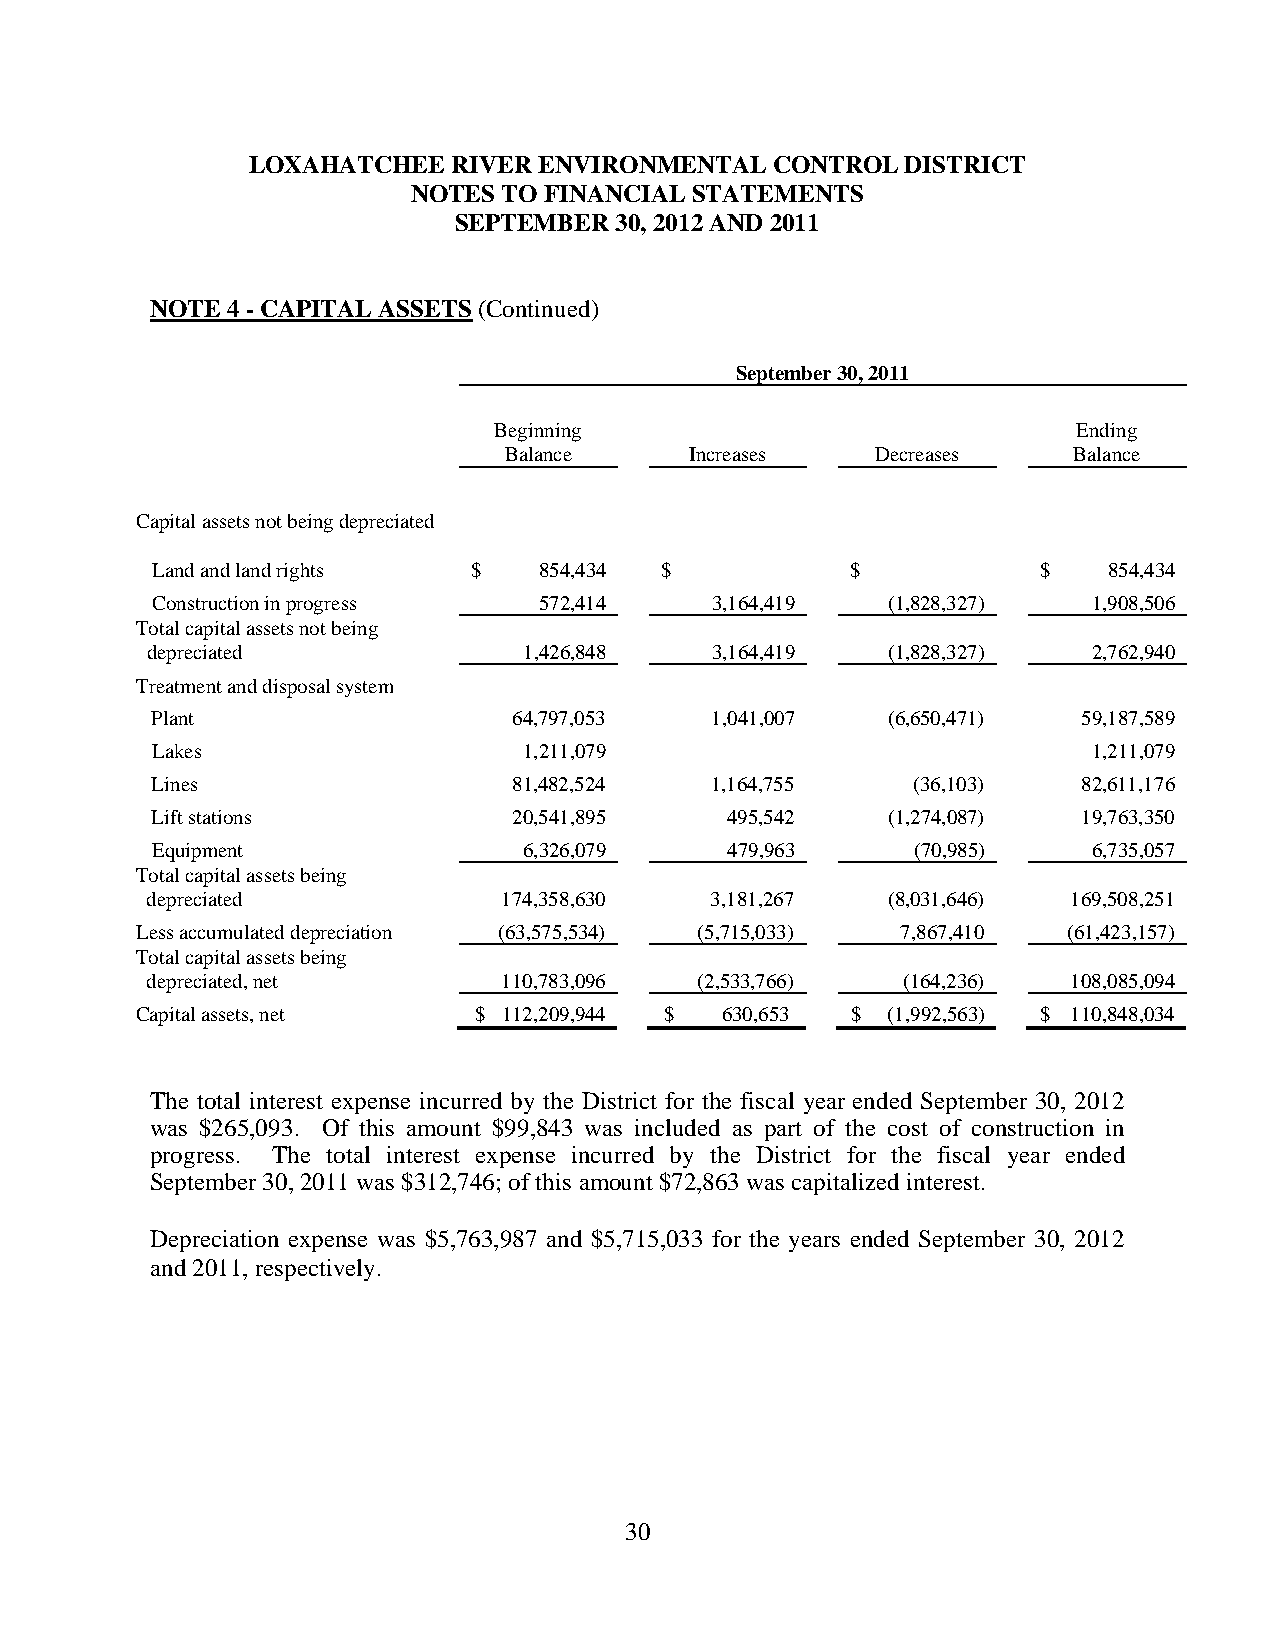
LOXAHATCHEE   RIVER ENVIRONMENTAL  CONTROL  DISTRICT
 NOTES TO FINANCIAL STATEMENTS
 SEPTEMBER  30, 2012 AND 2011
 NOTE 4 - CAPITAL ASSETS (Continued)
 September 30, 2011
 Beginning                             Ending
 Balance      Increases   Decreases    Balance
 Capital assets not being depreciated
 Land and land rights $    854,434 $           $            $   854,434
 Construction in progress  572,414    3,164,419   (1,828,327)  1,908,506
 Total capital assets not being
 depreciated              1,426,848   3,164,419   (1,828,327)  2,762,940
 Treatment and disposal system
 Plant                   64,797,053   1,041,007   (6,650,471)  59,187,589
 Lakes                    1,211,079                            1,211,079
 Lines                   81,482,524   1,164,755     (36,103)   82,611,176
 Lift stations           20,541,895    495,542    (1,274,087)  19,763,350
 Equipment                6,326,079    479,963      (70,985)   6,735,057
 Total capital assets being
 depreciated            174,358,630   3,181,267   (8,031,646) 169,508,251
 Less accumulated depreciation (63,575,534) (5,715,033) 7,867,410 (61,423,157)
 Total capital assets being
 depreciated, net       110,783,096  (2,533,766)   (164,236)  108,085,094
 Capital assets, net   $ 112,209,944 $  630,653 $  (1,992,563) $ 110,848,034
 The total interest expense incurred by the District for the fiscal year ended September 30, 2012
 was $265,093. Of this amount $99,843 was included as part of the cost of construction in
 progress. The total interest expense incurred by the District for the fiscal year ended
 September 30, 2011 was $312,746; of this amount $72,863 was capitalized interest.
 Depreciation expense was $5,763,987 and $5,715,033 for the years ended September 30, 2012
 and 2011, respectively.
 30